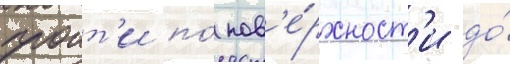
проит'и по́ пов'е́рхност'и до́